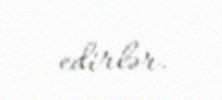
edirlər.